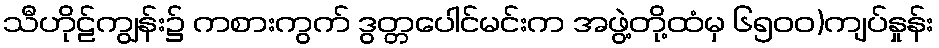
သီဟိုဠ်ကျွန်း၌ ကစားကွက် ဒွတ္တပေါင်မင်းက အဖွဲ့တို့ထံမှ ၆၅၀၀)ကျပ်နှုန်း